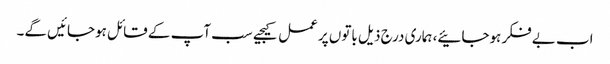
اب بے فکر ہوجائیے، ہماری درج ذیل باتوں پر عمل کیجیے سب آپ کے قائل ہوجائیں گے۔